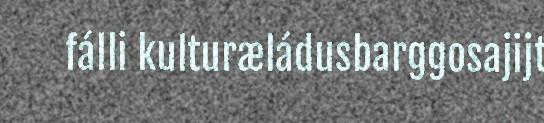
fálli kulturæládusbarggosajijt